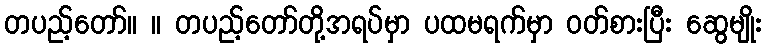
တပည့်တော်။ ။ တပည့်တော်တို့အရပ်မှာ ပထမရက်မှာ ဝတ်စားပြီး ဆွေမျိုး